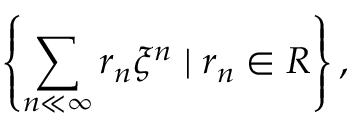
\left\{ \sum _ { n \ll \infty } r _ { n } \xi ^ { n } \mid r _ { n } \in R \right\} ,